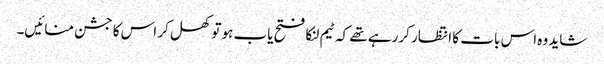
شاید وہ اس بات کا انتظار کررہے تھے کہ ٹیم لنکا فتح یاب ہو تو کھل کر اس کا جشن منائیں۔